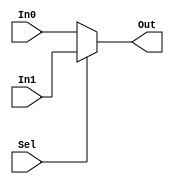
`timescale 1ns / 1ps

/*
    Multiplexador de 2 entradas
*/

module Mux2 #(parameter SIZE = 32)(
    input Sel,
    input [(SIZE-1):0] In0 , In1,
    output [(SIZE-1):0] Out
    );

    assign Out = (Sel) ? In1 : In0;
endmodule